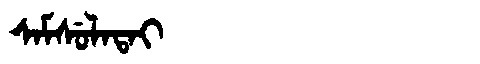
Manchu: ᠰᠠᠮᠰᡠᠯᠠᡨᠠᡳ
Romanization: SAMSULATAI